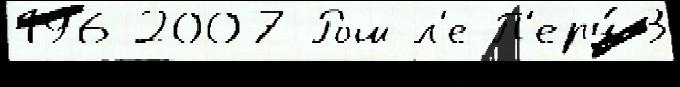
196 2007 Рош-л'е-П'еру́ 3